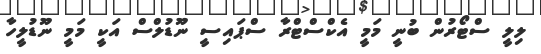
ލިލީ ސްޓޯރުން ބުނީ މަމީ އެކްސްޓްރާ ސްޕައިސީ ނޫޑުލްސް އަކީ މަމީ ނޫޑުލީހާ